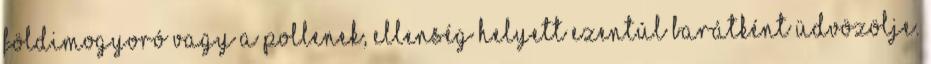
földimogyoró vagy a pollenek, ellenség helyett ezentúl barátként üdvözölje.